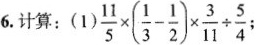
66.计算：（1）$$\frac{11}{5}\times（\frac{1}{3}- \frac{1}{2} ）\times\frac{3}{11} \div\frac{5}{4}$$；